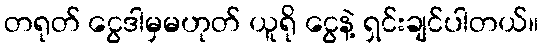
တရုတ် ငွေဒါမှမဟုတ် ယူရို ငွေနဲ့ ရှင်းချင်ပါတယ်။